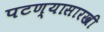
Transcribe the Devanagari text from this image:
पटण्यासारखी